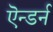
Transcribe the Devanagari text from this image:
ऎन्डर्न